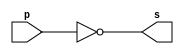
// ------------------------- 
// Extra0001 - BASE Exemplo0011.v
// Nome: Lus Vasconcelos Dias 
// ------------------------- 

// ------------------------- 
// -- not gate 
// ------------------------- 
	module notgate (output s, input p); 
	assign s = ~p; 
	endmodule // notgate
	
// ------------------------- 
// -- test not gate 
// ------------------------- 
	module testnotgate; 
// ------------------------- dados locais 
	reg a; // definir registrador 
			 // (variavel independente) 
	wire s; // definir conexao (fio) 
			  // (variavel dependente ) 
// ------------------------- instancia 
	notgate NOT1 (s, a); 
// ------------------------- preparacao 
	initial begin:start 
	a=0; 
	end 
// ------------------------- parte principal 
	initial begin 
		$display("Extra0001 - Lus Vasconcelos Dias - 412753"); 
		$display("Teste complemento de 1"); 
		$display("\n~a = s\n"); 
		a=0; 
	#1 $display("~%b = %b", a, s); 
		a=1; 
	#1 $display("~%b = %b", a, s); 

	end 

	endmodule // test_base 
	
// ------------------------- testes

/*
	Teste complemento de 1
	
	~a = s
	
	~0 = 1
	~1 = 0
*/